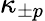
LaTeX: \kappa_{\pm p}